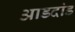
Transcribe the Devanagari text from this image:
आडदांड